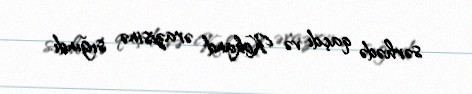
sərhədə qaçdı və Kokand ərazisinə sığındı.